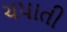
ચપાતી